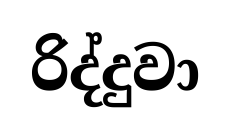
රිද්දුවා